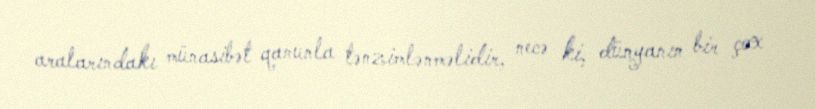
aralarındakı münasibət qanunla tənzimlənməlidir, necə ki, dünyanın bir çox